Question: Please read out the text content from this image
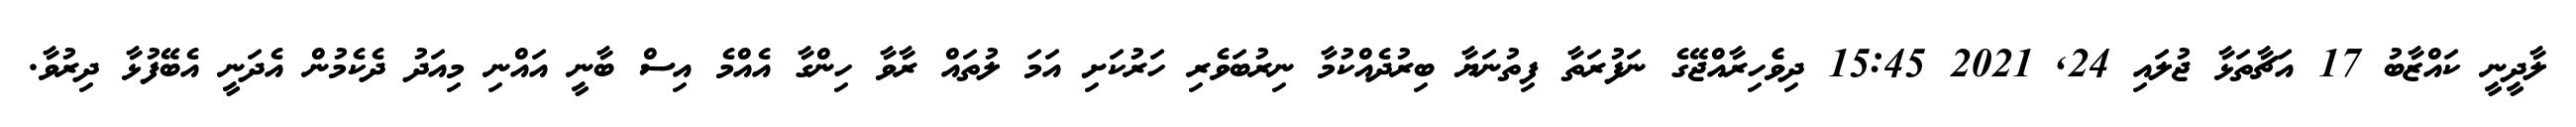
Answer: ލާދީނީ ކައްޒާބު 17 އަޗާތަޅާ ޖުލައި 24, 2021 15:45 ދިވެެހިރާއްޖޭގެ ނަފުރަތާ ފިތުނަޔާ ބިރުދެއްކުމާ ނިރުބަވެރި ހަރުކަށި އަމަ ލުތައް ރާވާ ހިންގާ އެއްމެ އިސް ބާނީ އައްނި މިއަދު ދެކެމުން އެދަނީ އެބޭފުޅާ ދިރުވާ.